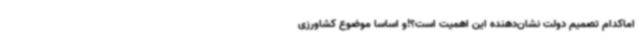
اماکدام تصمیم دولت نشان‌دهنده این اهمیت است؟!و اساساً موضوع کشاورزی